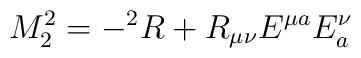
M^{2}_{2} = - {}^{2}R + R_{\mu\nu}E^{\mu a}E^{\nu}_{a}